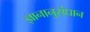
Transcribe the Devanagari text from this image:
ज्ञानानुसंधान